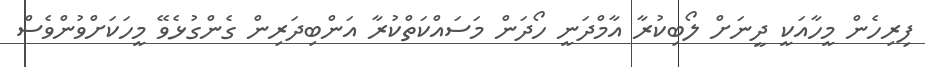
ފިރިހެން މީހާއަކީ ދީނަށް ލޯބިކުރާ އާމްދަނީ ހޯދަން މަސައްކަތްކުރާ އަންބިދަރިން ގެންގުޅެވޭ މީހަކަށްވުންވެސް